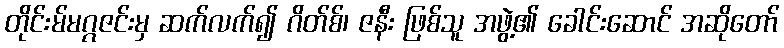
တိုင်းမ်မဂ္ဂဇင်းမှ ဆက်လက်၍ ဂိတ်စ်၊ ဇနီး ဖြစ်သူ အဖွဲ့၏ ခေါင်းဆောင် အဆိုတော်